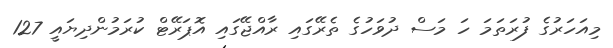
މިއަހަރުގެ ފުރަތަމަ ހަ މަސް ދުވަހުގެ ތެރޭގައި ރާއްޖޭގައި އޮޕަރޭޓް ކުރަމުންދިޔައީ 127